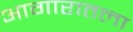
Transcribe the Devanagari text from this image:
आगारातला